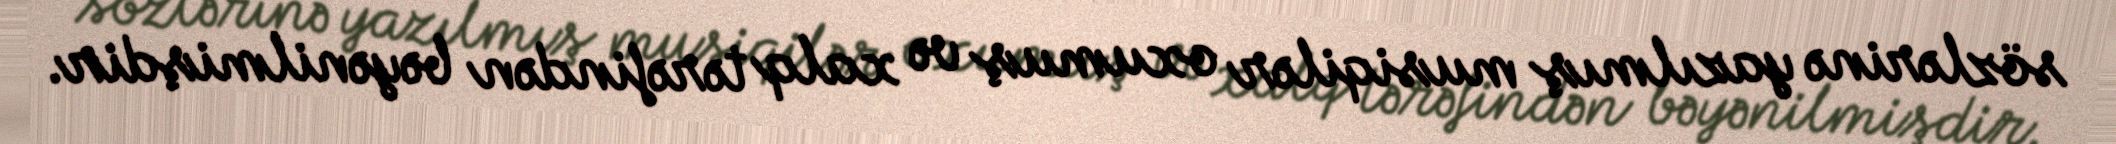
sözlərinə yazılmış musiqilər oxumuş və xalq tərəfindən bəyənilmişdir.